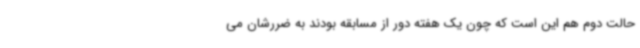
حالت دوم هم این است که چون یک هفته دور از مسابقه بودند به ضررشان می